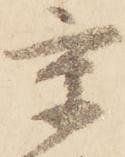
京